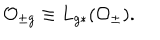
{ \cal O } _ { \pm g } \equiv L _ { g * } ( { \cal O } _ { \pm } ) .